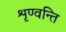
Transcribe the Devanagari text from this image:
शृण्वन्ति